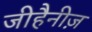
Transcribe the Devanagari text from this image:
जीहैनीज़